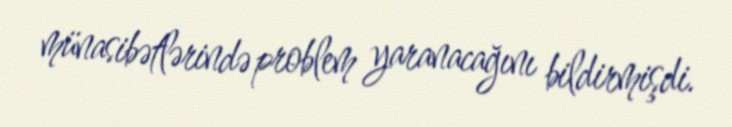
münasibətlərində problem yaranacağını bildirmişdi.